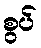
စွပ်